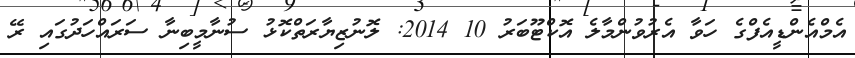
އެމްއެންޑީއެފްގެ ހަވާ އެރުވުންމާލެ އޮކްޓޫބަރު 10 2014: ލޮނުޒިޔާރަތްކޮޅު ސުނާމީބިނާ ސަރައްހަދުގައި ރޭ